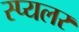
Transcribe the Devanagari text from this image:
स्प्यलर